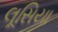
લૂસિયા